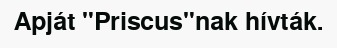
Apját "Priscus"nak hívták.